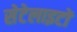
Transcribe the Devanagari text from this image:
सेटेलाइटों